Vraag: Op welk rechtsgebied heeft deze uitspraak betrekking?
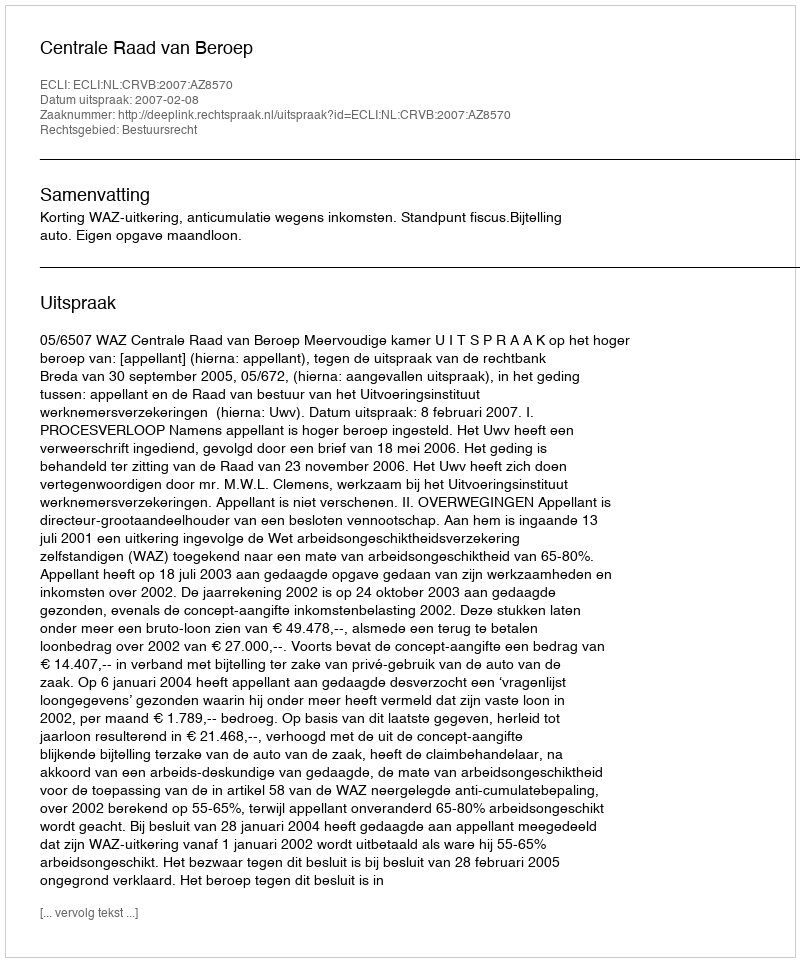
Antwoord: Bestuursrecht